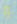
و